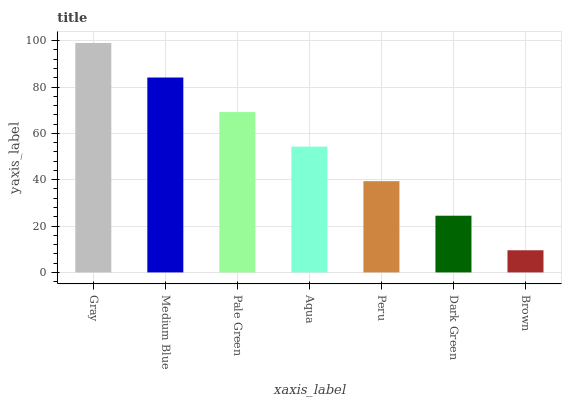
| xaxis_label | bars |
 | --- | --- |
 | Gray | 99 |
 | Medium Blue | 84.1 |
 | Pale Green | 69.2 |
 | Aqua | 54.3 |
 | Peru | 39.4 |
 | Dark Green | 24.5 |
 | Brown | 9.56 |